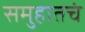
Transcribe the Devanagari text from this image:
समुहातचं